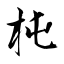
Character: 杶